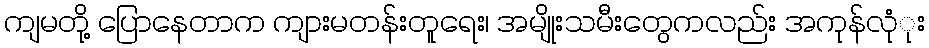
ကျမတို့ ပြောနေတာက ကျားမတန်းတူရေး၊ အမျိုးသမီးတွေကလည်း အကုန်လုံုး